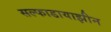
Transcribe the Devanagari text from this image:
सल्फाडायाझीन